Report of the Bombay Plague Committee
Disease focus: Plague
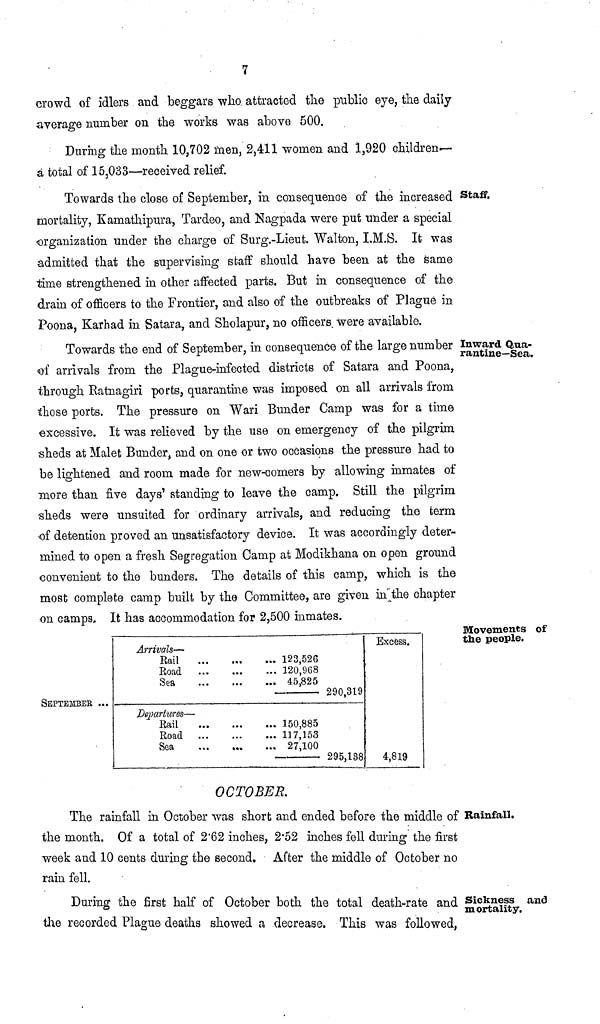
7
crowd of idlers and beggars who attracted the public eye, the daily-
average number on the works was above 500.
During the month 10,702 men, 2,411 women and 1,920 children—
a total of 15,033—received relief.
Staff.
Towards the close of September, in consequence of the increased
mortality, Kamathipura, Tardeo, and Nagpada were put under a special
organization under the charge of Surg.-Lieut. Walton, I.M.S. It was
admitted that the supervising staff should have been at the same
time strengthened in other affected parts. But in consequence of the
drain of officers to the Frontier, and also of the outbreaks of Plague in
Poona, Karhad in Satara, and Sholapur, no officers, were available.
Inward Qua-
rantine—Sea.
Towards the end of September, in consequence of the large number
of arrivals from the Plague-infected districts of Satara and Poona,
through Ratnagiri ports, quarantine was imposed on all arrivals from
those ports. The pressure on Wari Bunder Camp was for a time
excessive. It was relieved by the use on emergency of the pilgrim
sheds at Malet Bunder, and on one or two occasions the pressure had to
be lightened and room made for new-comers by allowing inmates of
more than five days' standing to leave the camp. Still the pilgrim
sheds were unsuited for ordinary arrivals, and reducing the term
of detention proved an unsatisfactory device. It was accordingly deter-
mined to open a fresh Segregation Camp at Modikhana on open ground
convenient to the bunders. The details of this camp, which is the
most complete camp built by the Committee, are given in the chapter
on camps. It has accommodation for 2,500 inmates.
Movements of
the people.
SEPTEMBER
Arrivals—
Rail
Road
...
Sea
Departures—
Rail
Road
Sea
• • •
• • •
• • •
... 123,526
... 120,968
... 45,825
... 150,885
... 117,153
... 27,100
290,319 7
295,138
Excess.
4,819
Rainfall.
OCTOBER.
The rainfall in October was short and ended before the middle of
the month. Of a total of 2.62 inches, 2.52 inches fell during the first
week and 10 cents during the second. After the middle of October no
rain fell.
Sickness and
mortality.
During the first half of October both the total death-rate and
the recorded Plague deaths showed a decrease. This was followed,